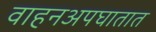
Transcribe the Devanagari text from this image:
वाहनअपघातात